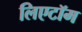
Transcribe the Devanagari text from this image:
लिएटॉम